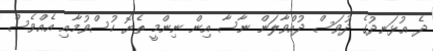
ދެ އުޅަނދުގެ ދުވަސް ދުއްވާލަން ނާސާ އިން ނިންމީ ތެޔޮ ހުސްވުމާއި އެއްވެސް